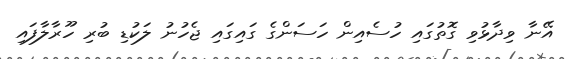
އޭނާ ވިދާޅުވި ގޮތުގައި ހުސެއިން ހަސަންގެ ގައިގައި ޖެހުނު ލަކުޑި ބުރި ހޫރާލާފައި